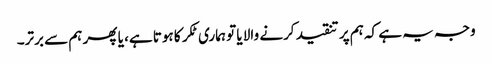
وجہ یہ ہے کہ ہم پر تنقید کرنے والا یا تو ہماری ٹکر کا ہوتا ہے، یا پھر ہم سے برتر۔